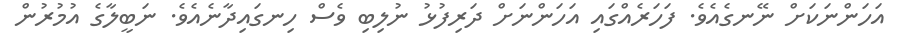
އަހަންނަކަށް ނޭނގެއެވެ. ފަހަރެއްގައި އަހަންނަށް ދަރިފުޅު ނުލިބި ވެސް ހިނގައިދާނެއެވެ. ނަބީލާގެ އުމުރުން